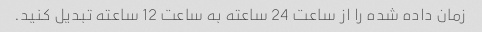
زمان داده شده را از ساعت 24 ساعته به ساعت 12 ساعته تبدیل کنید.